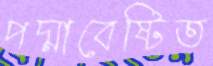
পদ্মাবেষ্টিত